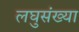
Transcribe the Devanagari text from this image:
लघुसंख्या